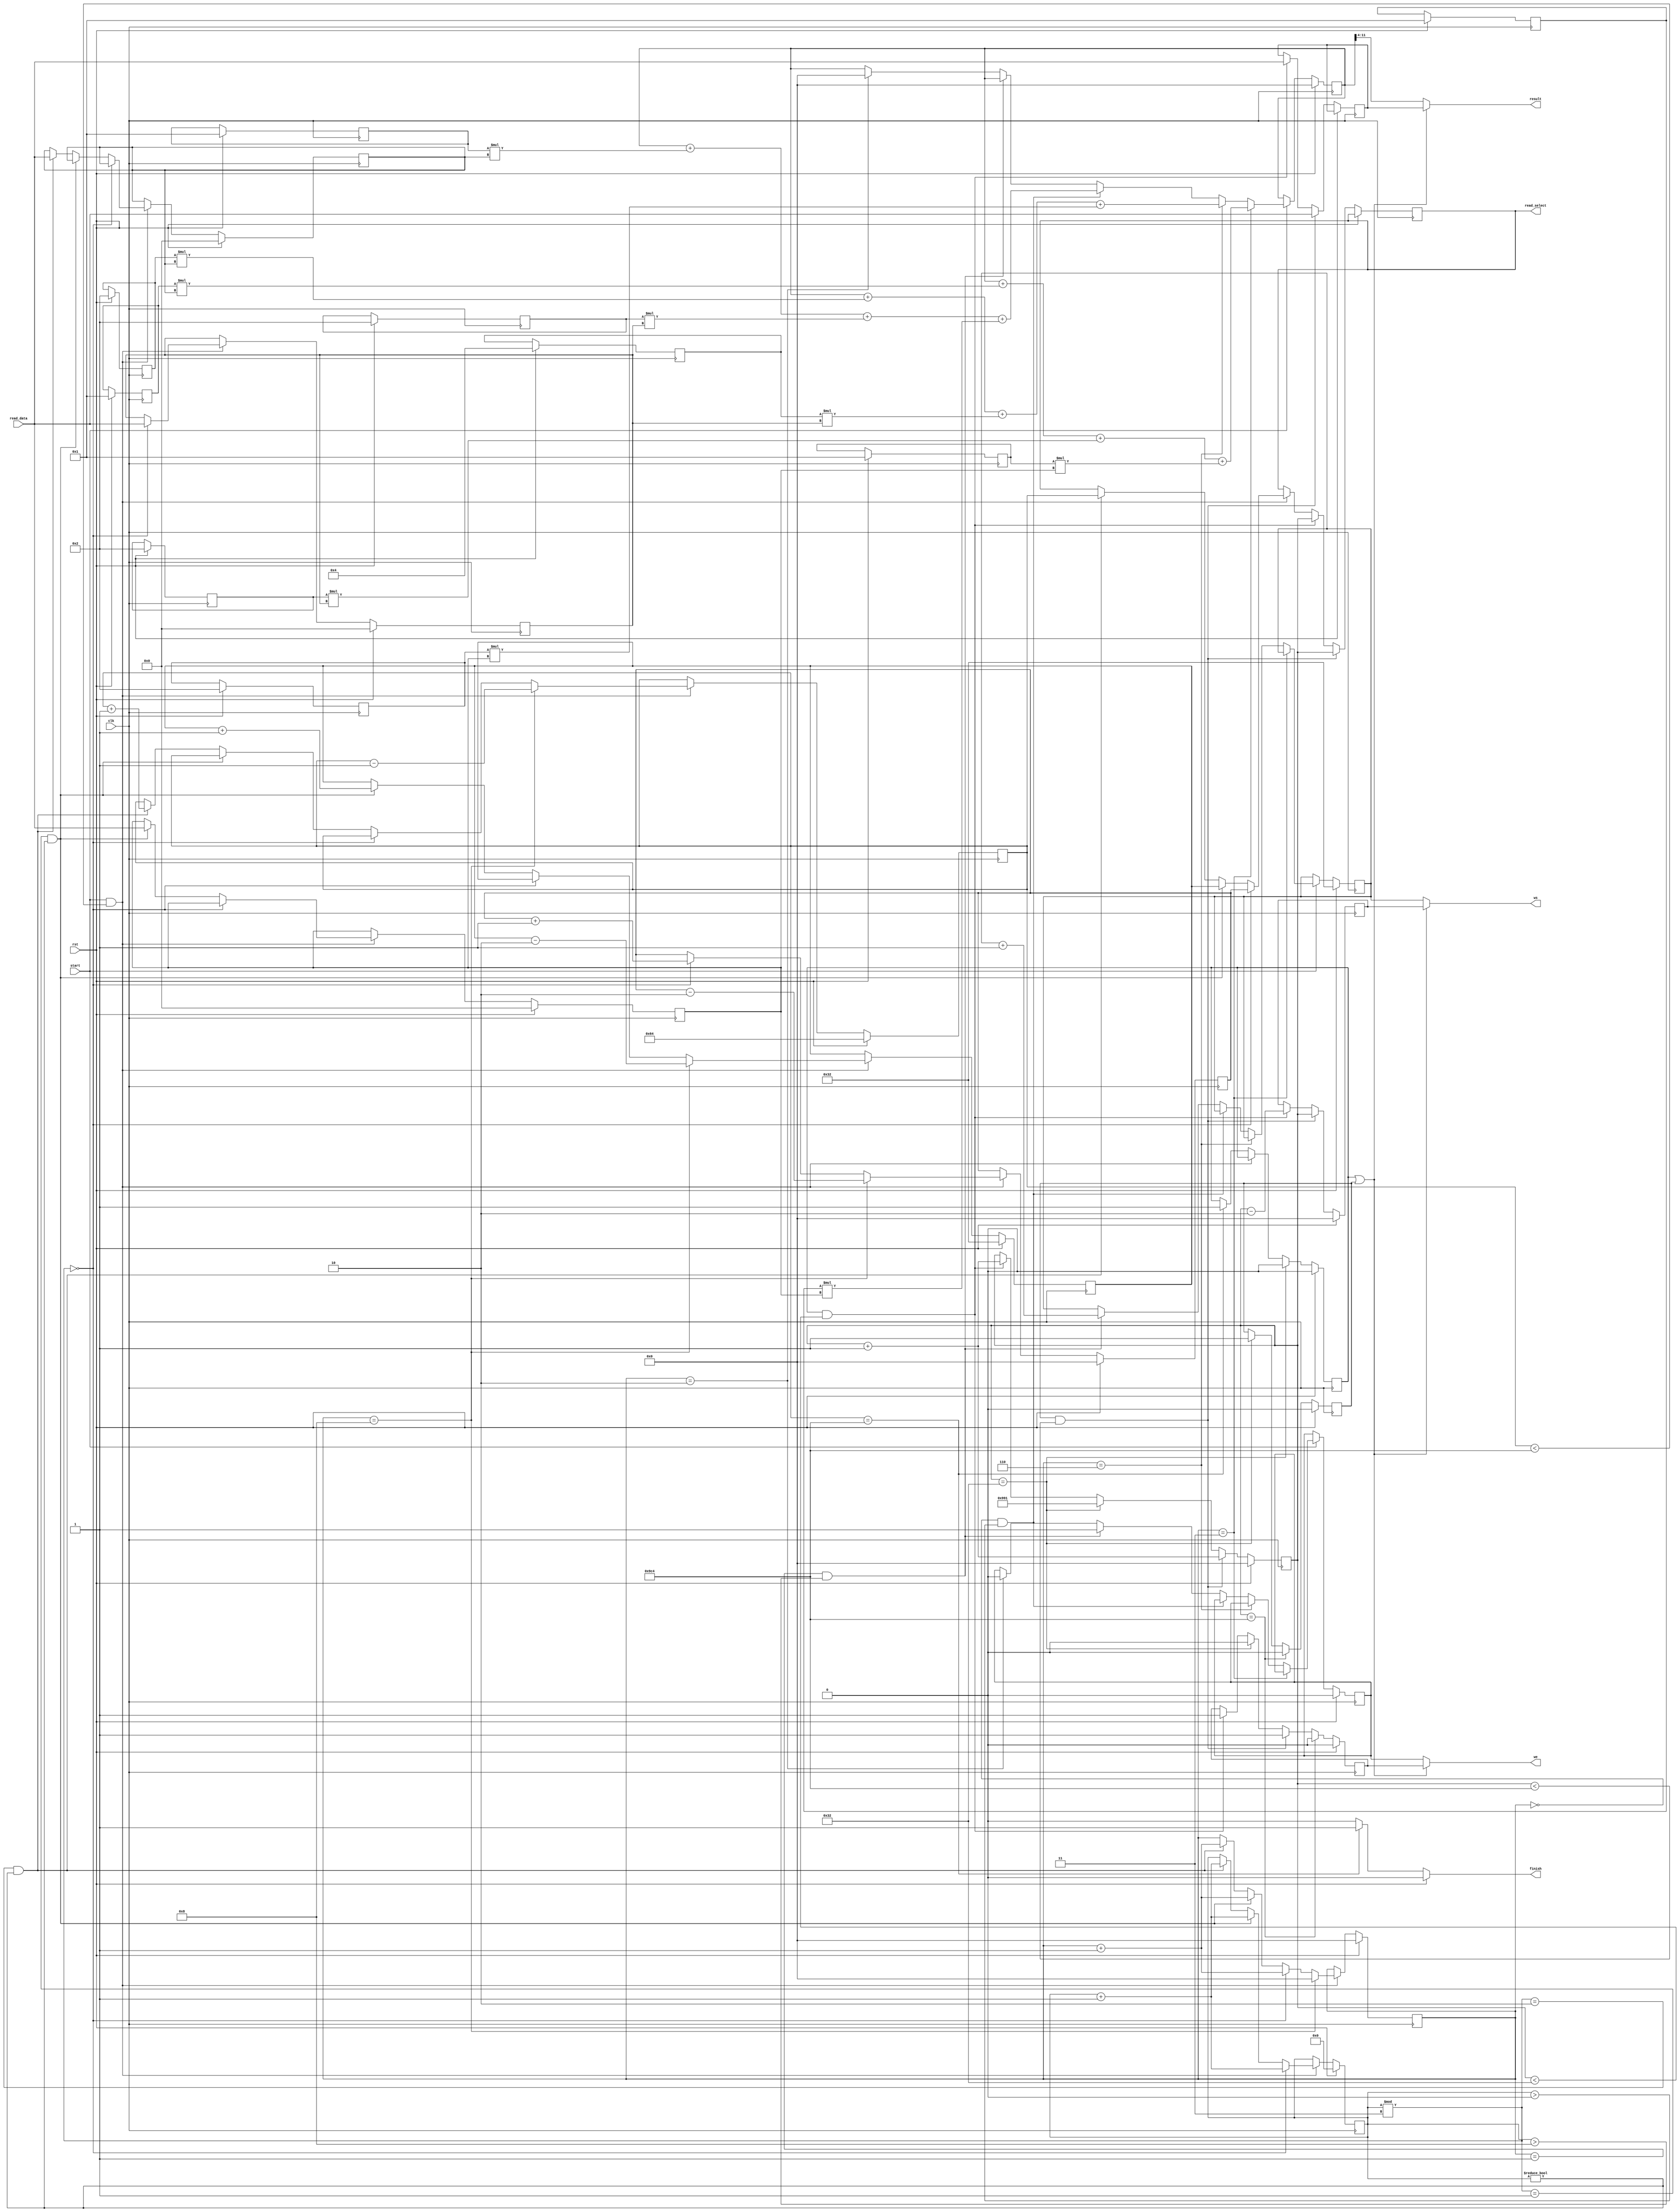
`timescale 1ns / 1ns

module systol_new1(read_select, result, finish, start, read_data, clk, rst, we, ws);

input start,clk,rst;
input [7:0] read_data; //
output reg [13:0]read_select;
output wire [13:0] ws;
output [7:0]result;

output reg finish;
output wire we;
//parameter read_data = 150; //

wire [13:0] result_temp;
reg [13:0] result_1;
reg [7:0] d1,d2,d3;
reg [15:0] i ;
reg [13:0] j ;
reg [13:0] k ;
reg [13:0] l ;
reg [13:0] cnt;
wire cnt1;
reg [13:0] address;
reg [7:0] w1,w2,w3,w4,w5,w6,w7,w8,w9;//w1=1,w2=2,w3=1,w4=2,w5=4,w6=2,w7=1,w8=2,w9=1;
reg flag1,flag2;
wire flag;
reg [13:0] sr;
reg [7:0] result_copy;
reg [13:0] ws1, ws2;
reg we1, we2;
assign flag=flag1|flag2;
always@(posedge clk)
begin
if(rst)
begin
	d1<=0;
	d2<=0;
	d3<=0;
	i<= 0;
	j<= 50;
	k<=100;
	l<=0;
	cnt<=0;
	address<=0;
	w1<=1;
	w2<=2;
	w3<=1;
	w4<=2;
	w5<=4;
	w6<=2;
	w7<=1;
	w8<=2;
	w9<=1;	
	flag1<=0;
	flag2<=0;
	sr<=0;
	ws1<=0;
	we1<=0;
end
else if(!rst)
begin
	if(start==1 && k<2500)
	begin
		if (i%3 == 0)
			begin
			//address <= address + 1;
			read_select <= l;
			i <= i+1;
			l<=l+1;
			cnt <= cnt+1;
			d2 <= read_data;
			//we <= 0;
			end
		else if (i%3 == 1 && i!=0)
			begin
			read_select <= j;
			i <= i+1;
			j <= j+1;
			cnt <= cnt+1;
			d3 <= read_data;
			//we <= 0;
			end
		else if (i%3 == 2 && i!=0)
			begin
			read_select <= k;
			i <= i+1;
			k <= k+1;
			cnt <= cnt+1;
			d1 <= read_data;
			//we <= 0;
			end
		if(cnt == 8)
			begin
				cnt <= 0;	
				l<=l-2'd2;
				j<=j-2'd2;
				k<=k-2'd1;
			end
	end
	else
	if(k==2500)
		flag1<=1;
	if(flag1==1 && sr<50)
		begin
			read_select<=sr;
			result_copy<=read_data;
			ws1<=sr-2;
			we1<=1;
			sr<=sr+1;
		end	
	if(sr==50)
		begin
			flag2<=1;
			flag1<=0;
			we1<=0;
			sr<=14'd2449;
		end
	if(flag2==1 && sr<2500)
		begin
			read_select<=sr;
			result_copy<=read_data;
			ws1<=sr;
			we1<=1;
			sr<=sr+1;
		end
	if(sr == 2500)
		begin
			we1<=0;
			flag2<=0;
		end	
	end
end

always@(*)
begin
if(rst)
	finish <= 0;
else
/*if(i>8)
ws <= (i/9)-1;
else
ws <= 0;*/
if(k==2500)
finish <= 1;
else
finish <= 0;
end

/*always@(posedge clk)
begin
if(start==1)
begin
	if(cnt == 0 && i!=0)
		begin
		result_1 <= 0;
		ws<=ws+1;
		we<=0;
		end
	else if(i==0)
		begin
		result_1 <= 0;
		ws<=0;
		we<=0;
		end
	if(cnt>0)
		begin		
			if(cnt==3)
			begin
			result_1 <= result_1 + w1*d1+w2*d2+w3*d3;
			end
		else 
			if(cnt==6)
			begin
			result_1 <= result_1 + w4*d1+w5*d2+w6*d3;
			end
		else 
			if(cnt ==9)
			begin
			result_1 <= result_1 + w7*d1+w8*d2+w9*d3;
			we <= 1;
			end	
	end
	end
end	
*/

always@(negedge clk)
begin
if(rst)
	begin
		ws2<=50;
		we2<=0;
		result_1 <= 8'h00;
	end

else if(start == 1)
	begin
		if(cnt==3)
		begin
			result_1<=result_1+w1*d1+w2*d2+w3*d3;
		end	
		else if(cnt == 6)
		begin
			result_1<=result_1+w4*d1+w5*d2+w6*d3;
		end	
		else if(cnt == 0 && i>0)
		begin
			result_1<=result_1+w7*d1+w8*d2+w9*d3;
		end
		else if(cnt == 1 && i>8)
		begin
			we2<=1;
			ws2<=ws2+1;
		end
		else if(cnt == 2)
		begin
			result_1 <= 0;
			we2<=0;
		end
	end
	
	
end
assign we= flag?we1:we2;
assign ws= flag?ws1:ws2;
assign result_temp = result_1>>4;
assign result = flag?result_copy:result_temp[7:0];	//assign ws = address[13:0];
//assign result = d1;
//assign result = 8'd127;
endmodule